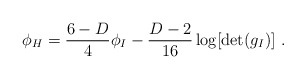
\begin{align*}\phi_H={{6-D}\over 4} \phi_I -{{D-2}\over 16}\log[\det(g_I)]~.\end{align*}